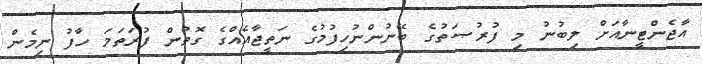
އާޖެންޓީނާއަށް ލިބުނު މި ފުރުޞަތުގެ ބޭނުންނުހިފުމުގެ ނަތީޖާއެއްގެ ގޮތުން ފުރަތަމަ ހާފު ނިމެން